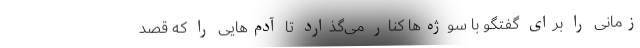
زمانی را برای گفتگو با سوژه‌ها کنار می‌گذارد تا آدم‌هایی را که قصد